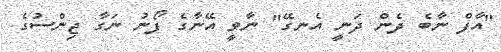
"އާފް ނާބެ ދެން ދަނީ އެނގޭ" ނާވީ އޭނާގެ ފޯނު ނަގާ ޖިންސުގެ